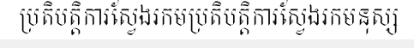
ប្រតិបត្តិការស្វែងរកមប្រតិបត្តិការស្វែងរកមនុស្ស